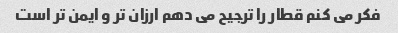
فکر می کنم قطار را ترجیح می دهم ارزان تر و ایمن تر است